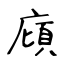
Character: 廎